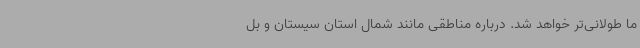
ما طولانی‌تر خواهد شد. درباره مناطقی مانند شمال استان سیستان و بل